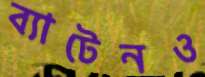
ব্যাটেনও